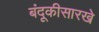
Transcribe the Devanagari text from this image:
बंदूकीसारखे